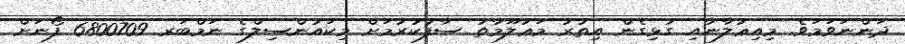
ދަންނަވަމަވެ. މިއިޢުލާނާއި ގުޅިގެން އިތުރު މަޢުލޫމާތު ސާފުކުރުމަށް މިކައުންސިލްގެ ނަމްބަރ 6800709 ފޯނަށް